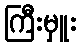
ကြီးမှူး